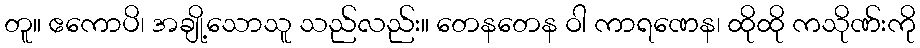
တူ။ ဧကောပိ၊ အချို့သောသူ သည်လည်း။ တေနတေန ဝါ ကာရဏေန၊ ထိုထို ကသိုဏ်းကို